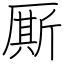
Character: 厮